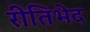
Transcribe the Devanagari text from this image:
रीतिभेद